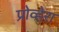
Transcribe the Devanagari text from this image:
प्रोव्हेरा